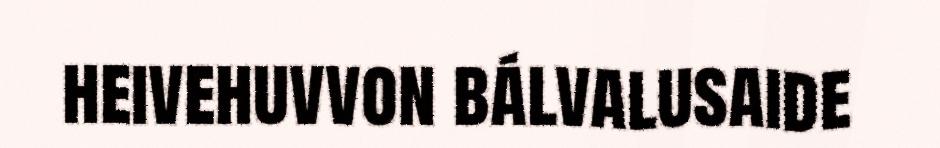
heivehuvvon bálvalusaide